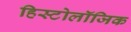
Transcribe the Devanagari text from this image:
हिस्टोलॉजिक